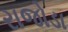
રાજોડા